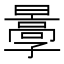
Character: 𡦩